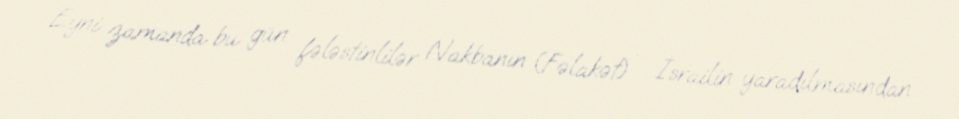
Eyni zamanda bu gün fələstinlilər Nakbanın (Fəlakət) - İsrailin yaradılmasından